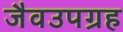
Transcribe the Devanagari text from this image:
जैवउपग्रह